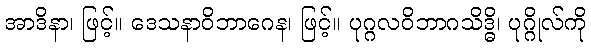
အာဒိနာ၊ ဖြင့်။ ဒေသနာဝိဘာဂေန၊ ဖြင့်။ ပုဂ္ဂလဝိဘာဂသိဒ္ဓိ၊ ပုဂ္ဂိုလ်ကို